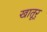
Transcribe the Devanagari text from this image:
खातूर्